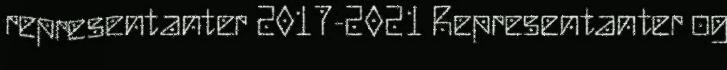
representanter 2017-2021 Representanter og